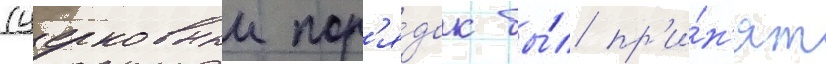
(церковныи пор'я́док бы́л пр'и́н'ят